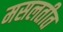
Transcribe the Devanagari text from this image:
मसलतीत